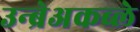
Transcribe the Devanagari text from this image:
उन्ब्रेअकब्ले